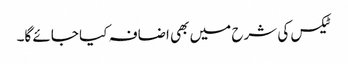
ٹیکس کی شرح میں بھی اضافہ کیا جائے گا۔